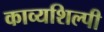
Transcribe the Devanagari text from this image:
काव्यशिल्पी